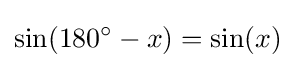
\sin(180^{\circ }-x)=\sin(x)